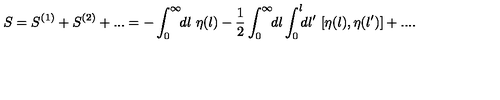
S = S ^ { ( 1 ) } + S ^ { ( 2 ) } + . . . = - \int _ { 0 } ^ { \infty } \! \! d l \ \eta ( l ) - \frac { 1 } { 2 } \int _ { 0 } ^ { \infty } \! \! d l \int _ { 0 } ^ { l } \! \! d l ^ { \prime } \ [ \eta ( l ) , \eta ( l ^ { \prime } ) ] + . . . .